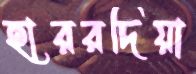
হাররদিয়া